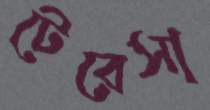
টেরেসা